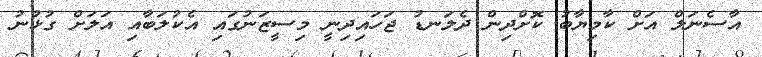
އާސެނަލް އަށް ކާމިޔާބު ކޮށްދިން ދެލަނޑު ޖަހައިދިނީ މިސީޒަނުގައި އެކުލަބާއި އަލަށް ގުޅުނު